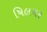
ષિલચર